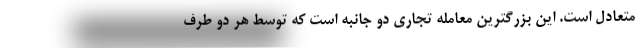
متعادل است. این بزرگترین معامله تجاری دو جانبه است که توسط هر دو طرف